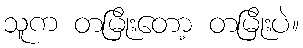
သူက တမြိုးတော့ တမြိုးပဲ။